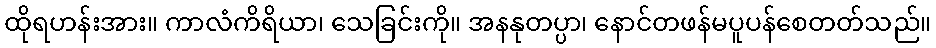
ထိုရဟန်းအား။ ကာလံကိရိယာ၊ သေခြင်းကို။ အနနုတပ္ပာ၊ နောင်တဖန်မပူပန်စေတတ်သည်။